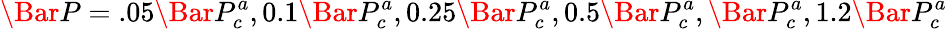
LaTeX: \Bar{P}=.05\Bar{P}_{c}^{a},0.1\Bar{P}_{c}^{a},0.25\Bar{P}_{c}^{a},0.5\Bar{P}_{c}^{a},\Bar{P}_{c}^{a},1.2\Bar{P}_{c}^{a}